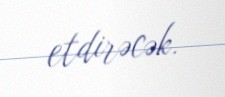
etdirəcək.